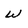
Character: w